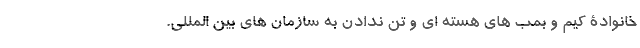
خانوادۀ کیم و بمب های هسته ای و تن ندادن به سازمان های بین المللی.